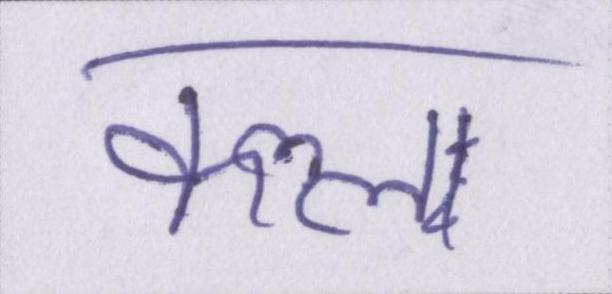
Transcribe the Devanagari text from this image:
कत्ल